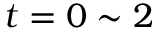
t = 0 \sim 2